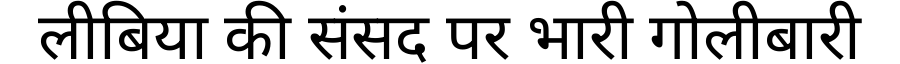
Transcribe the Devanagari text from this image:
लीबिया की संसद पर भारी गोलीबारी